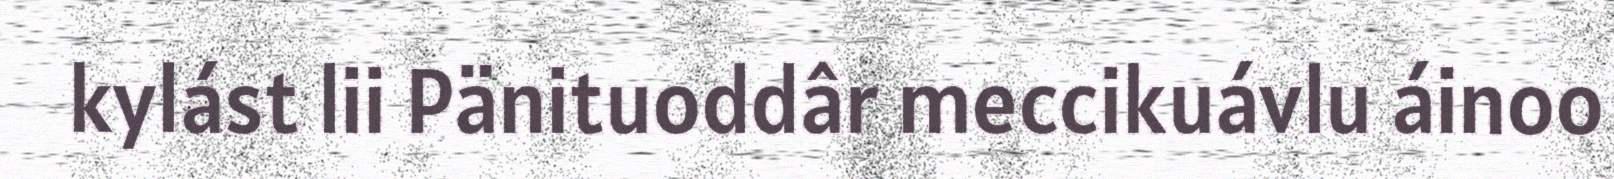
kylást lii Pänituoddâr meccikuávlu áinoo